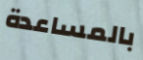
بالمساعدة